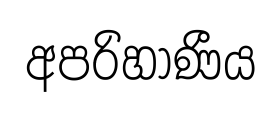
අපරිහාණීය